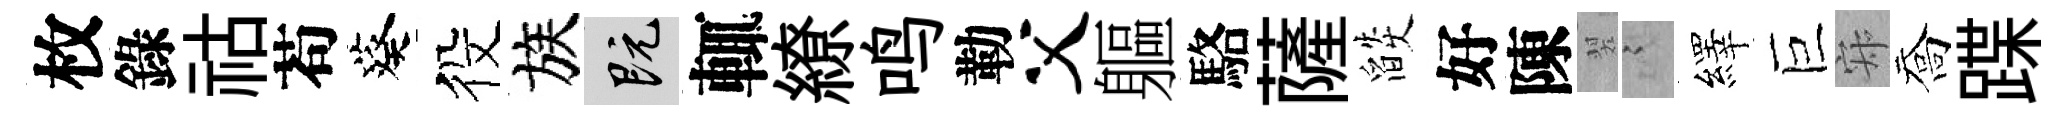
枚錄祜苟葵役族既輒繚鸣勒父軀駱薩燄好陳翠謭繹巨寂喬蹀